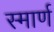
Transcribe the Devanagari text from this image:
स्मार्ण